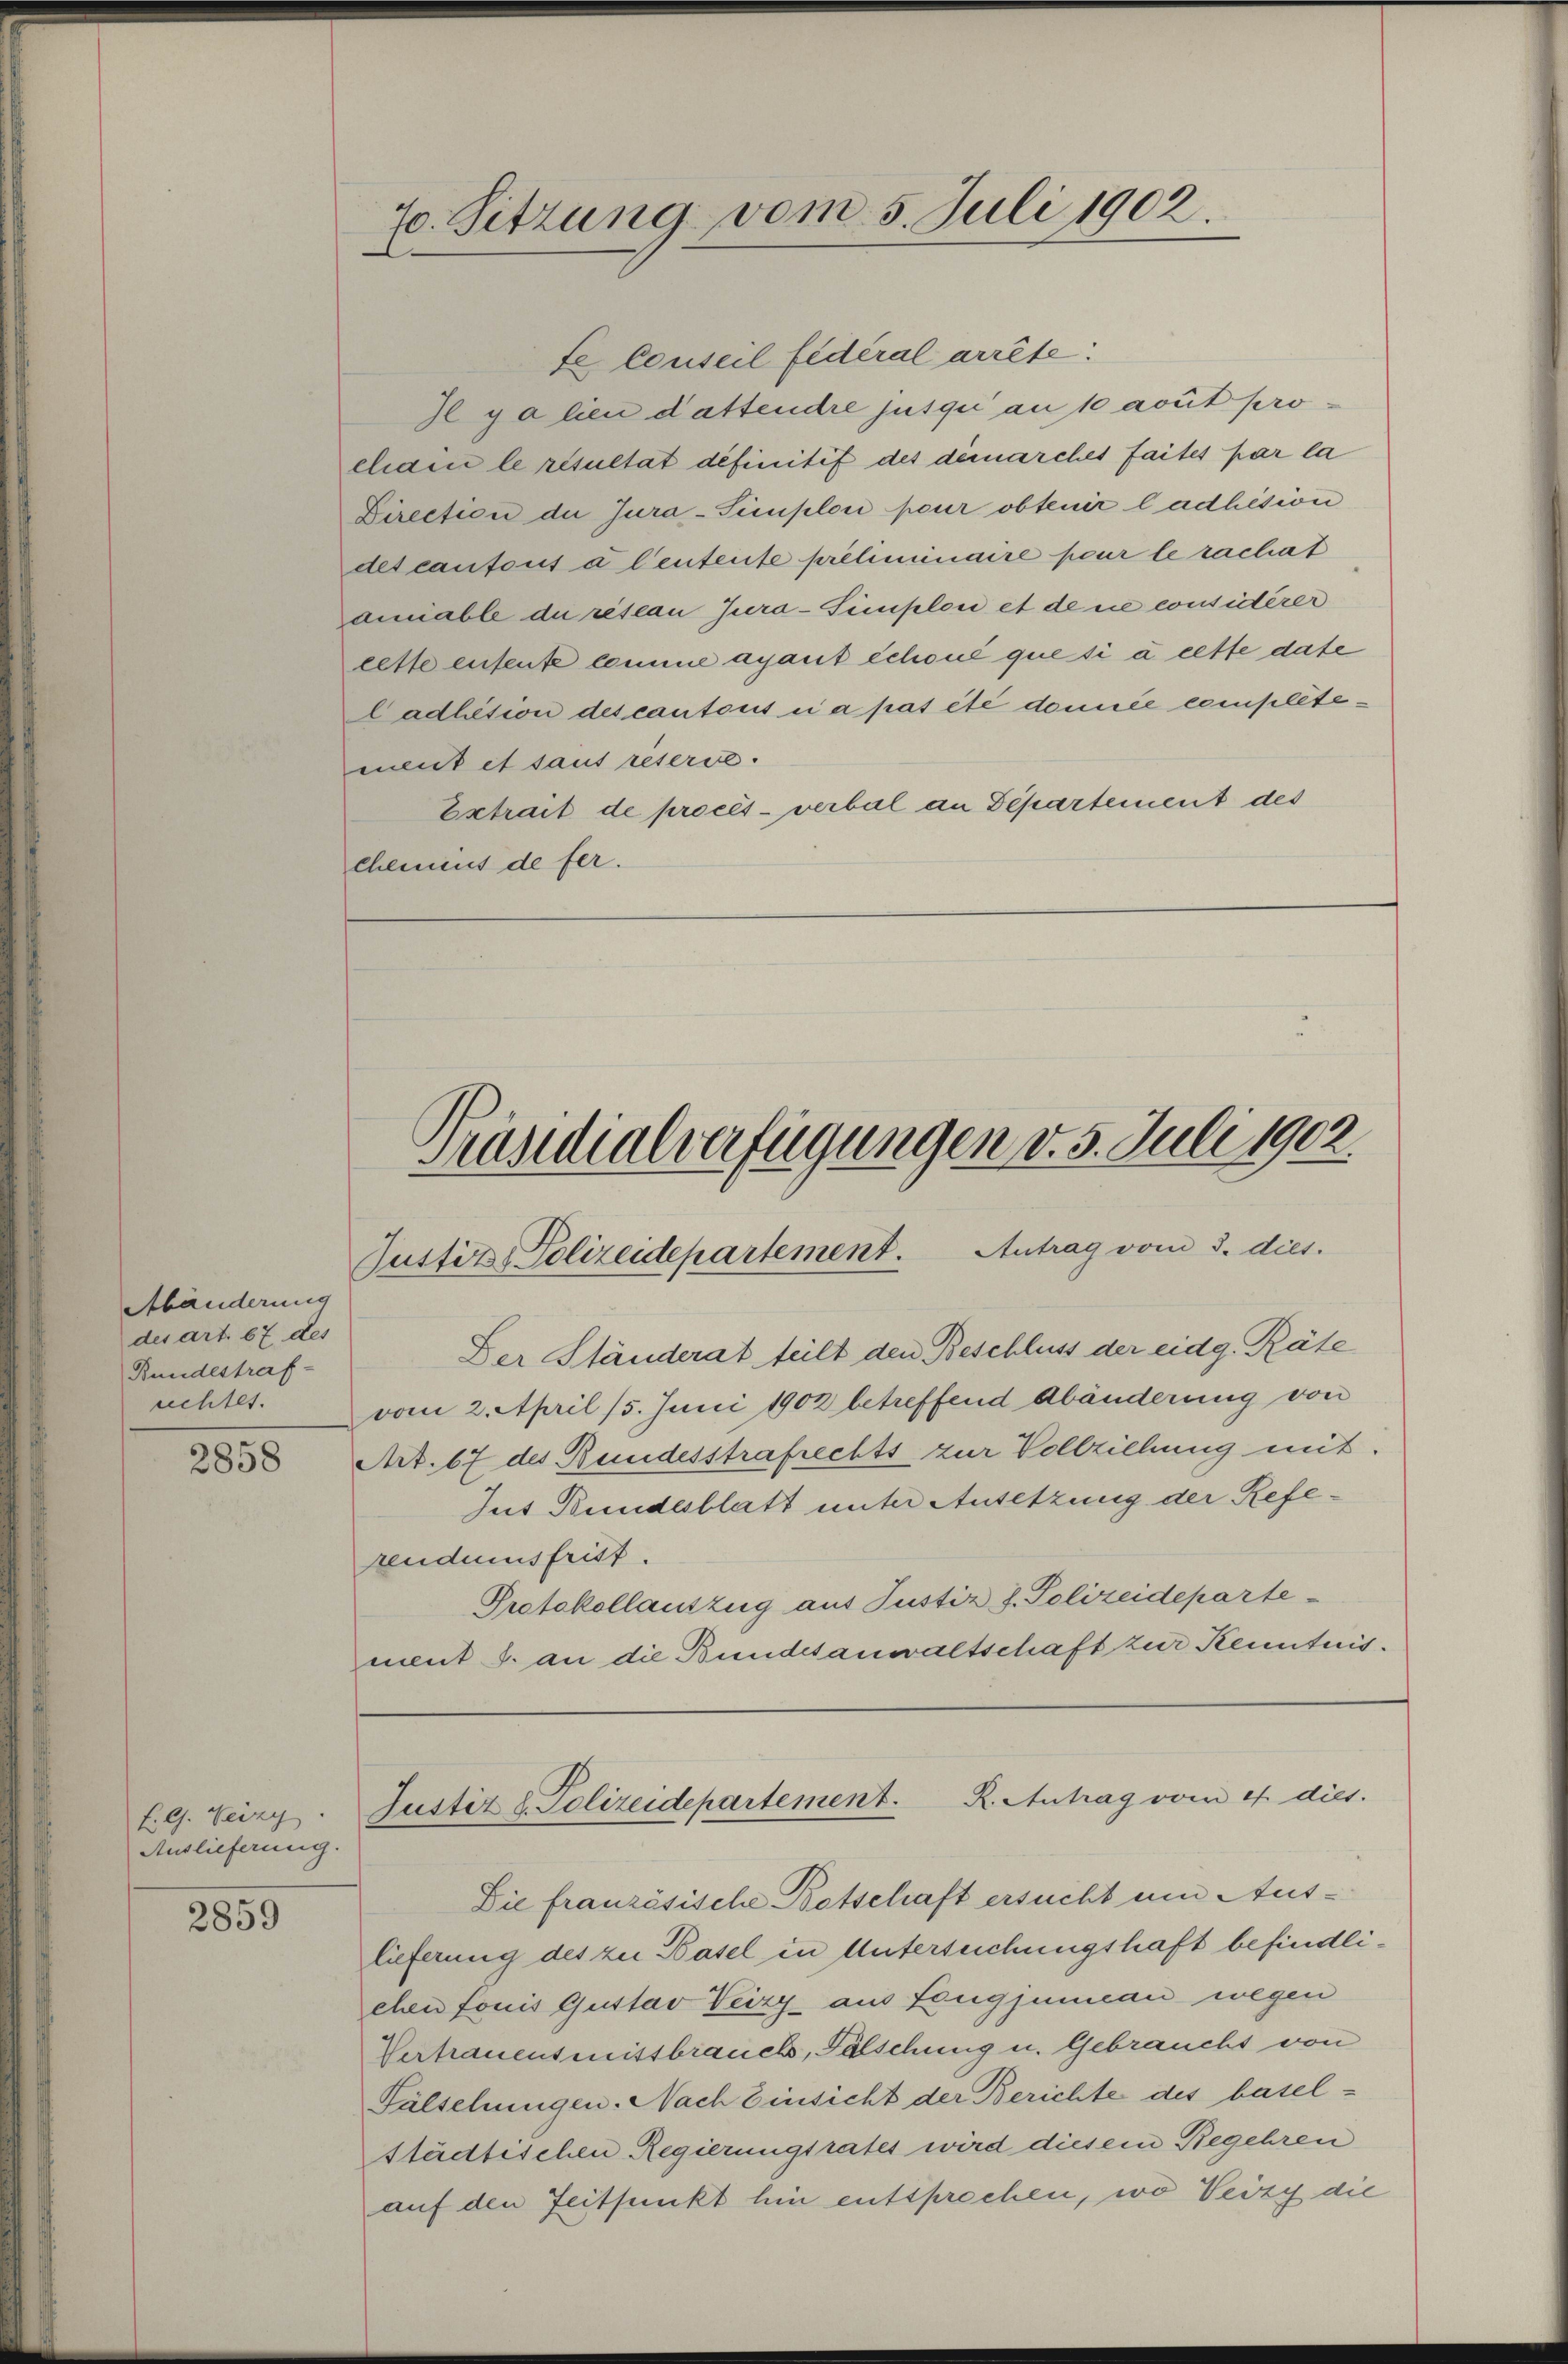
Abänderung
des art. 67 des
Bundestraf-
achtet.

2858

F. G. Weizy.
Auslieferung.

2859

70. Sitzung vom 5. Juli 1902.

te Conseil fédéral arrête.
I galien dattendre jusqui au 10 avut procham le risultat definitif des demarches faites par la
Direction der Jura-Simploi pour obtenir ladhésion
des cantons à leutente preliminaire pour le rachat
amiable du retian Jura-Simploi et de ce considerer
lette entente comme ayant échoué que si à cette dase
Cadhétion des cantons i a pas été domice complétement et sans reserve.
Extrait de procès-verbal an Departement des
Chemius de fer.

Präsidialverfügungen d. 5. Juli 1902.
Justiz- Polizeidepartement. Antrag vom 3. dies

Der Ständerat teilt den Beschluss der eidg. Räte
vom 2. April 15. Juni 1902 betreffend Abänderung von
Art. 67 des Bundesstrafrechts zur Vollziehung mit.
Jus Bundesblatt unter Ansetzung der Referendumsfrist.
Protokollauszug aus Justiz S. Polizeideparte
ment J. an die Bundesanwaltschaft zur Kenntnis.

Justiz & Polizeidepartement. R. Antrag vom 4. dies.

Die französische Betschaft ersucht um Auslieferung des zu Basel in Untersuchungshaft befindlieben fouis Gustav Geizy aus Leugjunau wegen
Vertrauensmissbrauchs, Fälschung u. Gebraucht von
Fälschungen. Nach Einsicht der Berichte des basel-
städtischen Regierungsrates wird diesem Begehren
auf den Zeitpunkt hin entsprechen, wo Veizy die